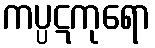
ကပ္ပဋကုရော